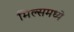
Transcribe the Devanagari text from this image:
मिल्समध्ये